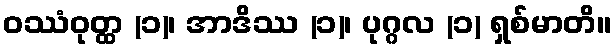
ဝဿံဝုတ္ထ (၁)၊ အာဒိဿ (၁)၊ ပုဂ္ဂလ (၁) ရှစ်မာတိ။